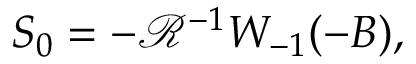
S _ { 0 } = - \mathcal { R } ^ { - 1 } W _ { - 1 } ( - B ) ,